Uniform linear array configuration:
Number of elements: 12
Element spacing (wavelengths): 0.25
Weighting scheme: cosine
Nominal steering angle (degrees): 15
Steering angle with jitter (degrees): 14.468
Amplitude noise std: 0.05
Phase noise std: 0.05

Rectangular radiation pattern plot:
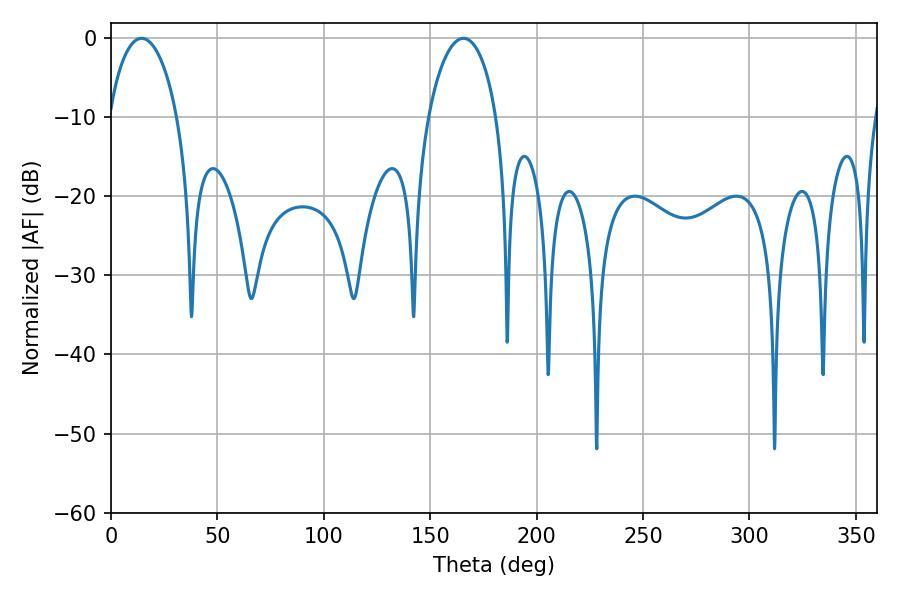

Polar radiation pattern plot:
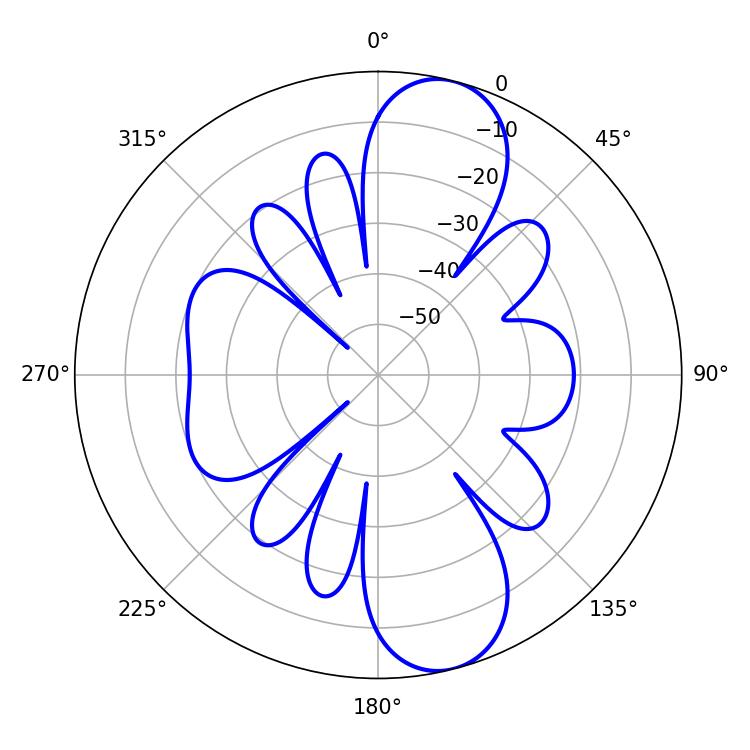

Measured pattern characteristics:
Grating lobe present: FALSE
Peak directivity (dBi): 10.821
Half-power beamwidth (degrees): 18.36
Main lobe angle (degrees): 14.4